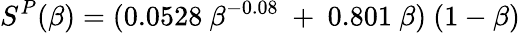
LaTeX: S^{P}(\beta)=(0.0528~\beta^{-0.08}~+~0.801~\beta)~(1-\beta)